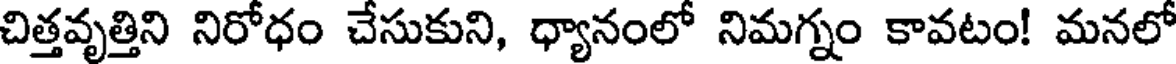
చిత్తవృత్తిని నిరోధం చేసుకుని, ధ్యానంలో నిమగ్నం కావటం! మనలో